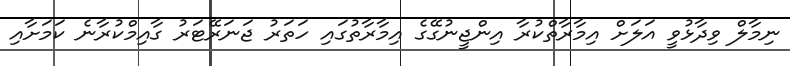
ނިމާލް ވިދާޅުވީ އަލަށް އިމާރާތްކުރާ އިންޖީނުގޭގެ އިމާރާތުގައި ހަތަރު ޖަނަރޭޓަރު ގާއިމްކުރާނެ ކަމަށާއި